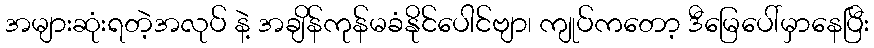
အများဆုံးရတဲ့အလုပ် နဲ့ အချိန်ကုန်မခံနိုင်ပေါင်ဗျာ၊ ကျုပ်ကတော့ ဒီမြေပေါ်မှာနေပြီး